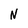
Character: N